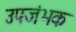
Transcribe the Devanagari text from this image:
उपजंभक